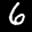
Label: 6